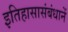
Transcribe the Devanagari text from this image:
इतिहासासंबंधानें